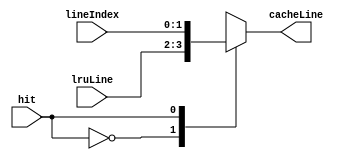
`timescale 1ns / 1ps
//////////////////////////////////////////////////////////////////////////////////
// Company: 
// Engineer: 
// 
// Design Name: 
// Module Name:    mux2to1 
// Project Name: 
// Target Devices: 
// Tool versions: 
// Description: 
//
// Dependencies: 
//
// Revision: 
// Revision 0.01 - File Created
// Additional Comments: 
//
//////////////////////////////////////////////////////////////////////////////////
module mux2to1(
    input [1:0] lineIndex,
    input [1:0] lruLine,
    input hit,
    output reg [1:0] cacheLine
    );
	
	always@(lineIndex,lruLine,hit)
		begin 
			case(hit)
				1'b0: cacheLine = lruLine;
				1'b1: cacheLine = lineIndex;
			endcase
		end
	
	
endmodule